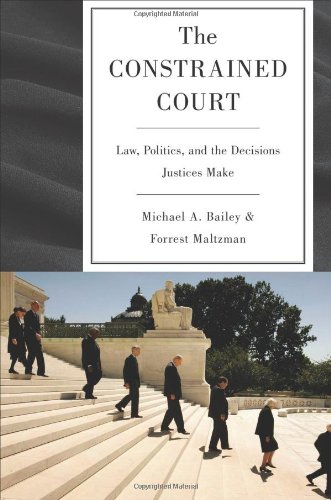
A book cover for The Constrained Court: Law, Politics, and the Decisions Justices Make; Michael A. Bailey; Law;